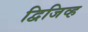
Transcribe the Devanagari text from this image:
द्विजिव्ह